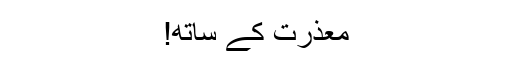
معذرت کے ساتھ!